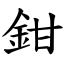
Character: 鉗